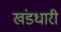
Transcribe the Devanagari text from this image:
खंडधारी